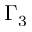
\Gamma _ { 3 }